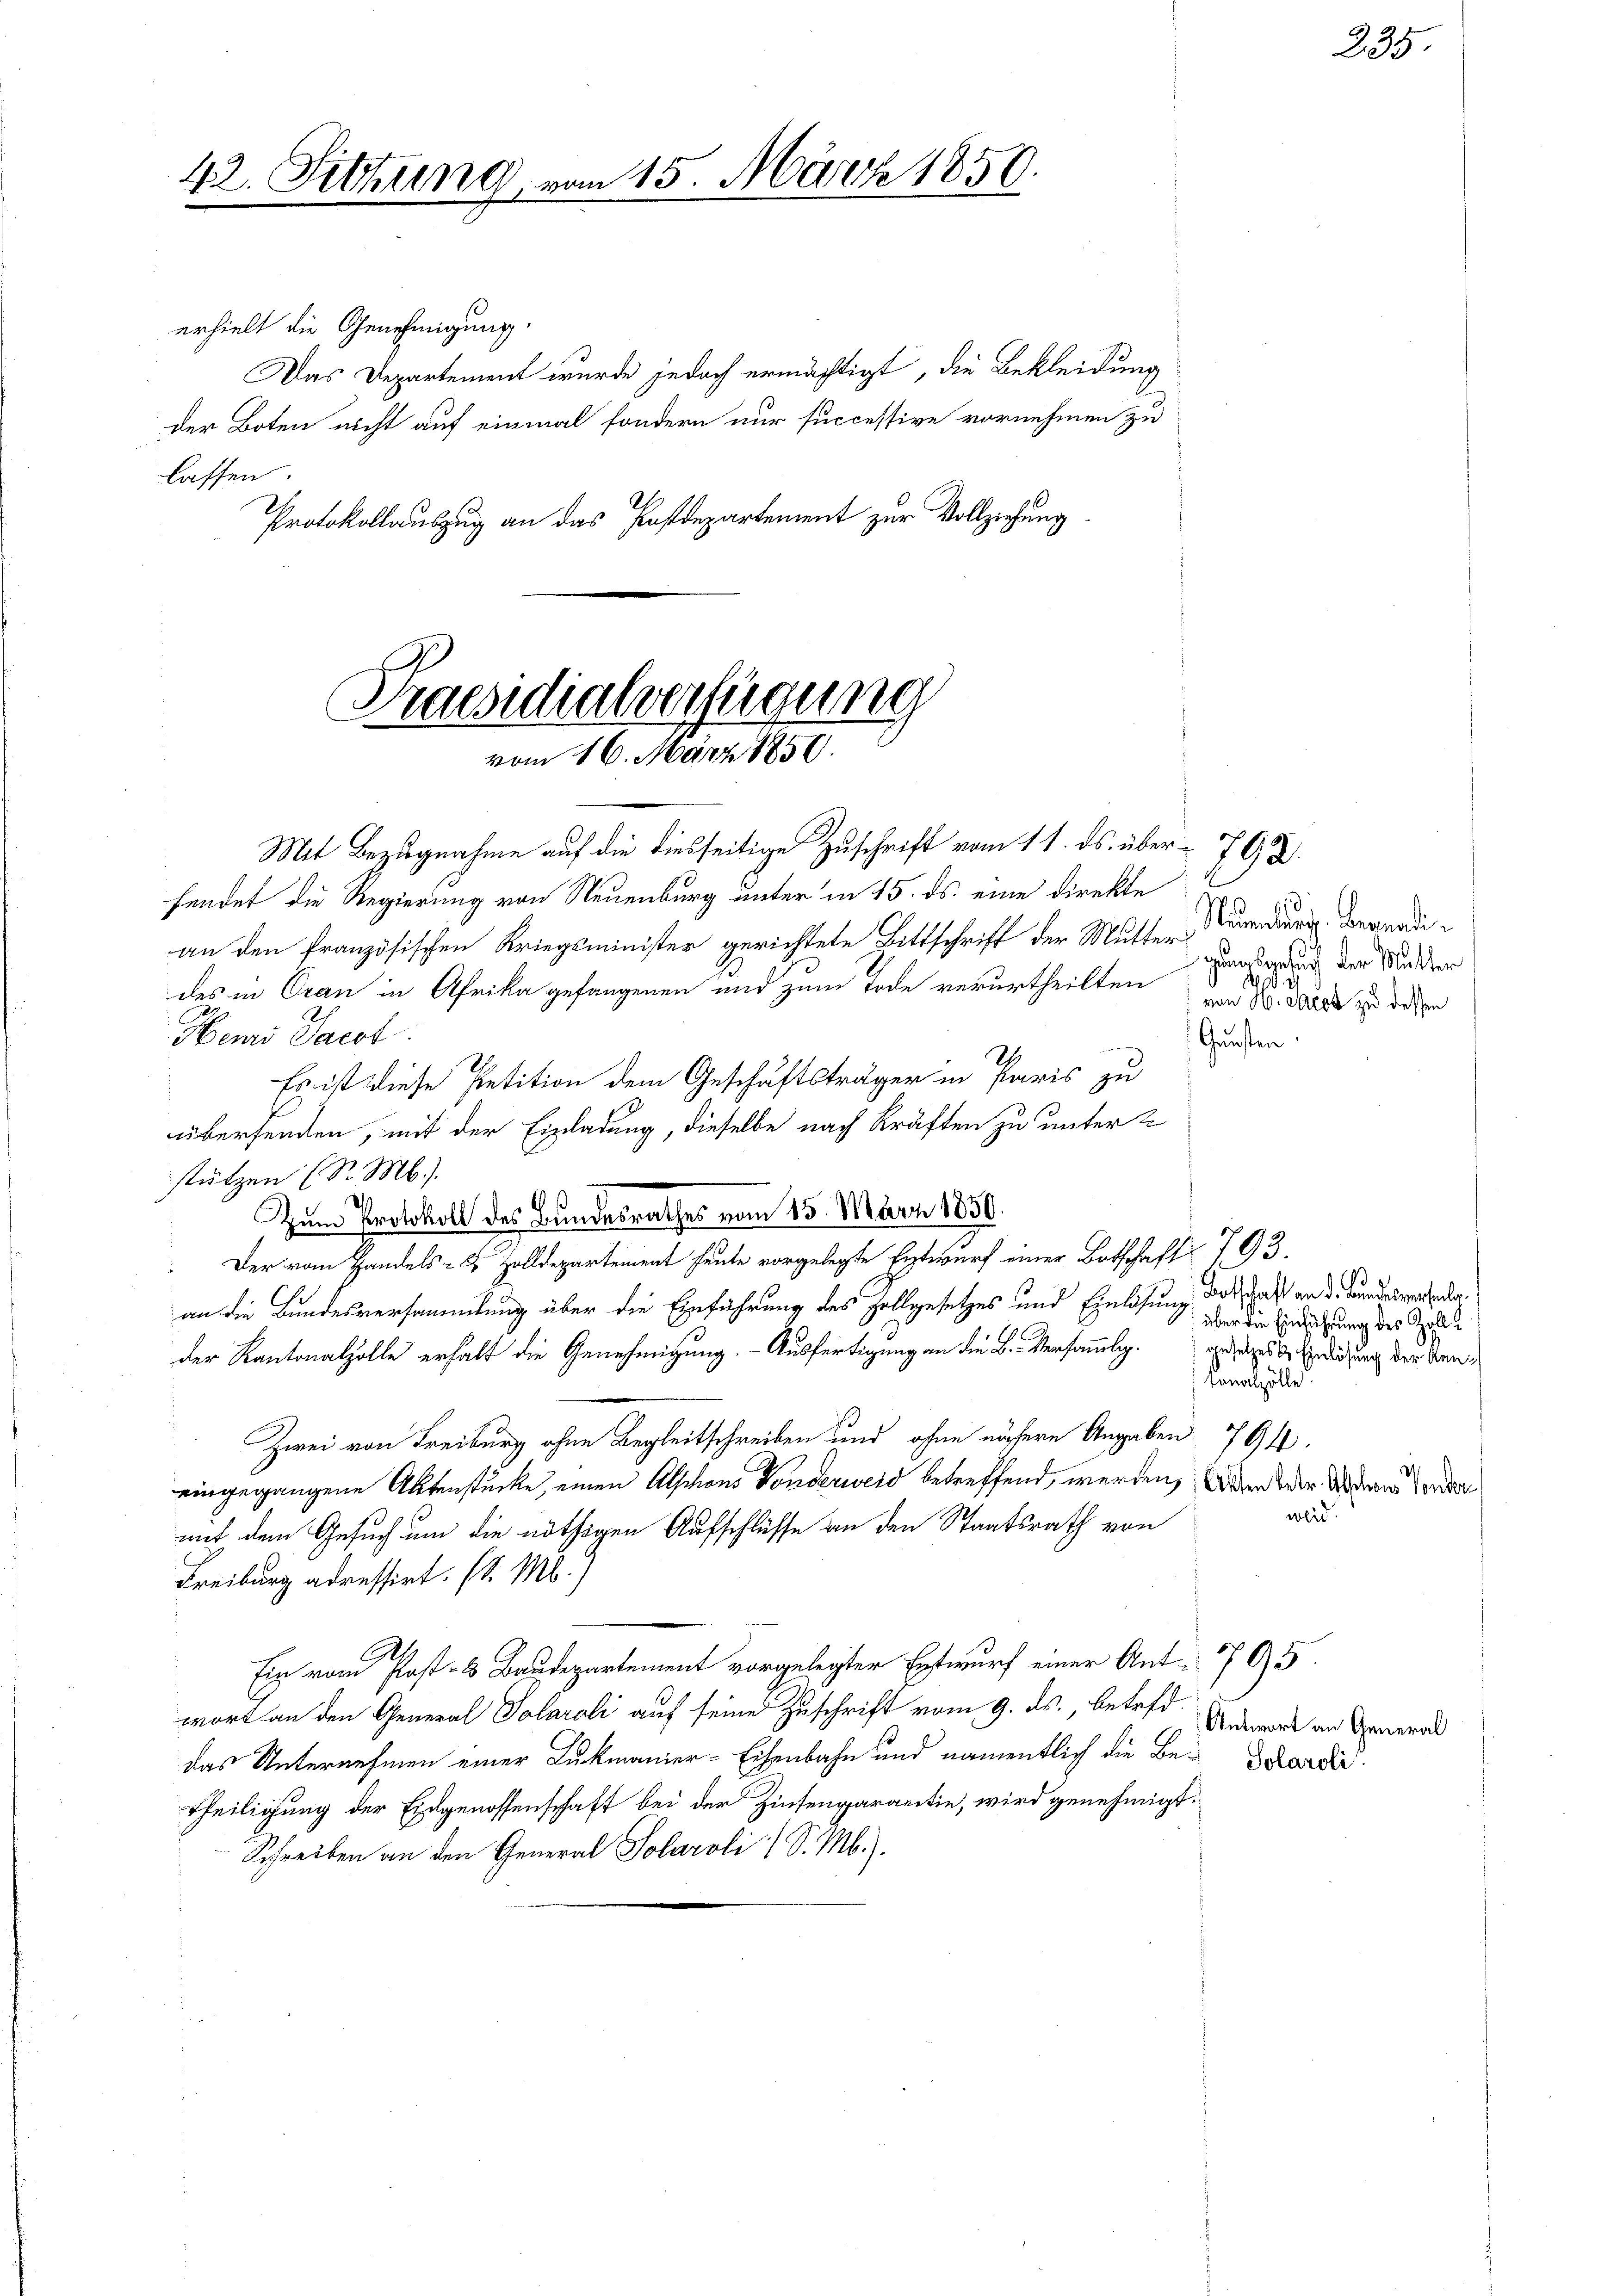
42. Sitzung

15. März 1850.

erhielt die Genehmigung.
Das Departement wurde jedoch ermächtigt, die Bekleidung
der Boten nicht auf einmal sondern nur successive vornehmen zu
lassen.
Protokollauszug an das Postdepartement zur Vollziehung

Praesidialverfügung
E
vom 16. März 1856.

Mit Bezugnahme auf die diesseitige Zuschrift vom 11. ds. über 792
fendet die Regierung von Neuenburg unter in 15. ds. eine direkte
an den französischen Kriegsminister gerichtete Bittschrift der Mutter Neuenburg. Begnadedes in Cran in Afrika gefangenen und zum Tode verurtheilten Gunstgrund der Mutter
Memi Jacot
Es ist diese Petition dem Geschäftsträger in Paris zu
übersenden, mit der Einladung, dieselbe nach Kräften zu unterstützen (S. M.)
s
6
Zum Protokoll des Bundesrathes vom 15. März 1850.
Der vom Handels- & Zolldepartement heute vorgelegte Entwurf einer Botschaft 793.
an die Bundesversammlung über die Einführung des Zollgesetzes und Einlösung, das Gast an d. Bundesverledig
b
der Kantonalzolle erhalt die Genehmigung. - Ausfertigung an die B. Versammlig anzuges ehelichung der Kan¬
Conalzölle
Zwei von Freiburg ohne Begleitschreiben und ohne nähere Angaben 794
eingegangene Aktenstücke, einen Abschons Ponderweid betreffend, werden, und der Andern Tender
mit dem Gesuch um die nöthigen Aufschlüsse an den Staatsrath von
Freiburg adressirt. (l. M.)
Ein vom Post- & Baudepartement vorgelegter Entwurf einer Ant. 7795
wort an den General Solaroli auf seine Zuschrift vom 9. ds., betreffdas Unternehmen einer Lukmanier-Eisenbahn und namentlich die Be-Kardi
Theiligung der Eidgenossenschaft bei der Zinsengarantie, wird genehmigt.
Schreiben an den General Solaroli / S. M.).

10
 von H. Jacob zu dessen

Gunster

über die Einführung des Zollweid.

235.

Antwort an General